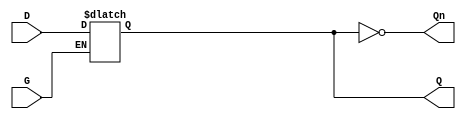
module GatedDLatch (
    input wire D,    // Data input
    input wire G,    // Gating control signal
    output reg Q,    // Output
    output wire Qn   // Complementary output
);

// Complementary output
assign Qn = ~Q;

// Always block for latch behavior
always @(G or D) begin
    if (G) begin
        Q <= D;     // When G is high, Q follows D
    end
    // When G is low, Q retains its previous value
end

endmodule